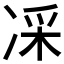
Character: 𠗡